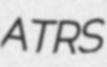
ATRS